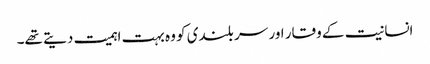
انسانیت کے وقار اور سر بلندی کو وہ بہت اہمیت دیتے تھے۔